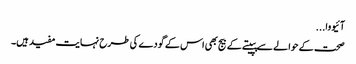
آئیووا...
صحت کے حوالے سے پپیتے کے بیج بھی اس کے گودے کی طرح نہایت مفید ہیں۔